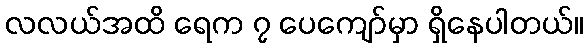
လလယ်အထိ ရေက ၇ ပေကျော်မှာ ရှိနေပါတယ်။